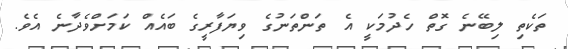
ތަކެތި ލިބޭނެ ގޮތް ހެދުމަކީ އެ ތަންތަނުގެ ވިޔަފާރީގެ ބައެއް ކަމަށްވެދާނެ އެވެ.